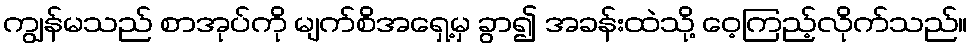
ကျွန်မသည် စာအုပ်ကို မျက်စိအရှေ့မှ ခွာ၍ အခန်းထဲသို့ ဝေ့ကြည့်လိုက်သည်။